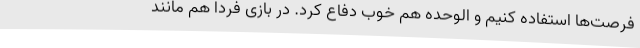
فرصت‌ها استفاده کنیم و الوحده هم خوب دفاع کرد. در بازی فردا هم مانند